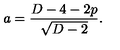
a = \frac { D - 4 - 2 p } { \sqrt { D - 2 } } .